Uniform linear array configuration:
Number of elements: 8
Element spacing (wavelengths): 0.75
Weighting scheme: cosine
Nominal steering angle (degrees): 0
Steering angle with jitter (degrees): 1.431
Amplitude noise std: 0.05
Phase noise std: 0.05

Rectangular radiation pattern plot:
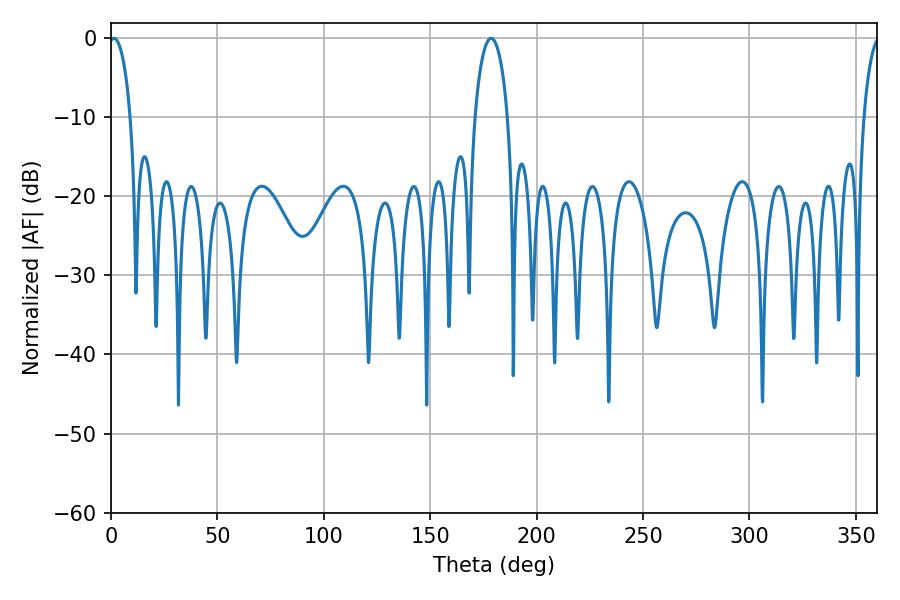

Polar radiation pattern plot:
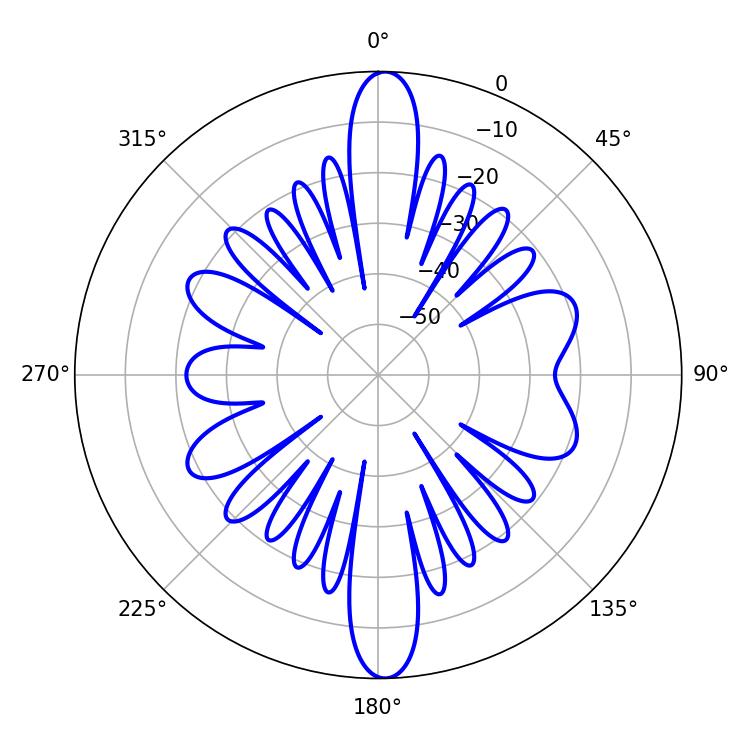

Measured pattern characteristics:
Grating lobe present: TRUE
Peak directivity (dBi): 23.285
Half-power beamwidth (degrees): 5.76
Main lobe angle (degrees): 1.44